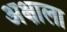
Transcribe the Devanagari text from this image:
अक्षाला